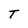
Character: T